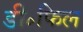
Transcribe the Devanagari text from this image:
डी॰फिल